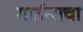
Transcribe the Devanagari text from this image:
गार्डन्सचा